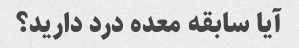
آیا سابقه معده درد دارید؟